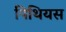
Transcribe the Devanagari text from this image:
पिथियस